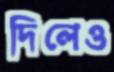
দিলেও